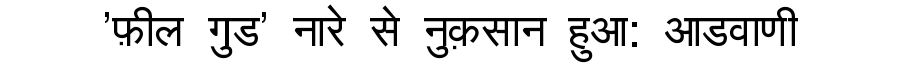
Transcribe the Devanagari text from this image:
'फ़ील गुड' नारे से नुक़सान हुआ: आडवाणी